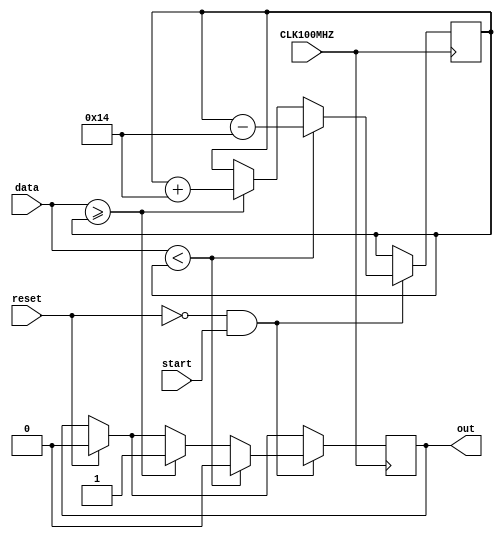
`timescale 1ns / 1ps
//////////////////////////////////////////////////////////////////////////////////
// Company: 
// Engineer: 
// 
// Design Name: 
// Module Name: encode
// Project Name: 
// Target Devices: 
// Tool Versions: 
// Description: 
// 
// Dependencies: 
// 
// Revision:
// Revision 0.01 - File Created
// Additional Comments:
// 
//////////////////////////////////////////////////////////////////////////////////


module encode(
    input CLK100MHZ,
    input [7:0] data,
    input start,
    input reset,
    output reg out
   );
   
   reg signed [8:0] delay = 0;
   
   always@(posedge CLK100MHZ) begin
       
       if (reset == 1) begin
            out = 0;
       end
       if(reset == 0 && start == 1) begin
            
            if (data >= delay) begin
                out <= 1;
                delay <= delay + 20;
            end
            if (data < delay) begin
                out <= 0;
                delay <= delay - 20;
            end
       end
       
        
   end
    
    
endmodule